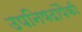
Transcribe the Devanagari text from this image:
उपनिषदांपैकी